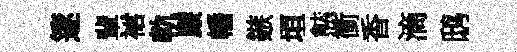
篴輩裙軌廉幡鏃垣㷱衝香滴鸱